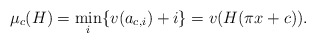
\begin{align*} \mu_c(H)=\min_i \{ v(a_{c,i})+i \} =v(H(\pi x+c)). \end{align*}